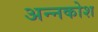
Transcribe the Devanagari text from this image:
अन्‍नकोश